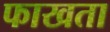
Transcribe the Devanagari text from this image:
फाखता